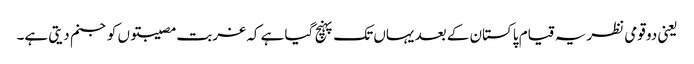
یعنی دو قومی نظریہ قیام پاکستان کے بعد یہاں تک پہنچ گیا ہے کہ غربت مصیبتوں کو جنم دیتی ہے۔